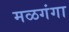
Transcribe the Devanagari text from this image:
मळगंगा